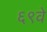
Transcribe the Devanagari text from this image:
६९वे